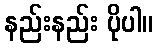
နည်းနည်း ပိုပါ။